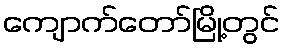
ကျောက်တော်မြို့တွင်